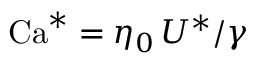
\mathrm { C a } ^ { * } = \eta _ { 0 } \, U ^ { * } / \gamma